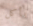
بأكل